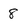
Character: 8